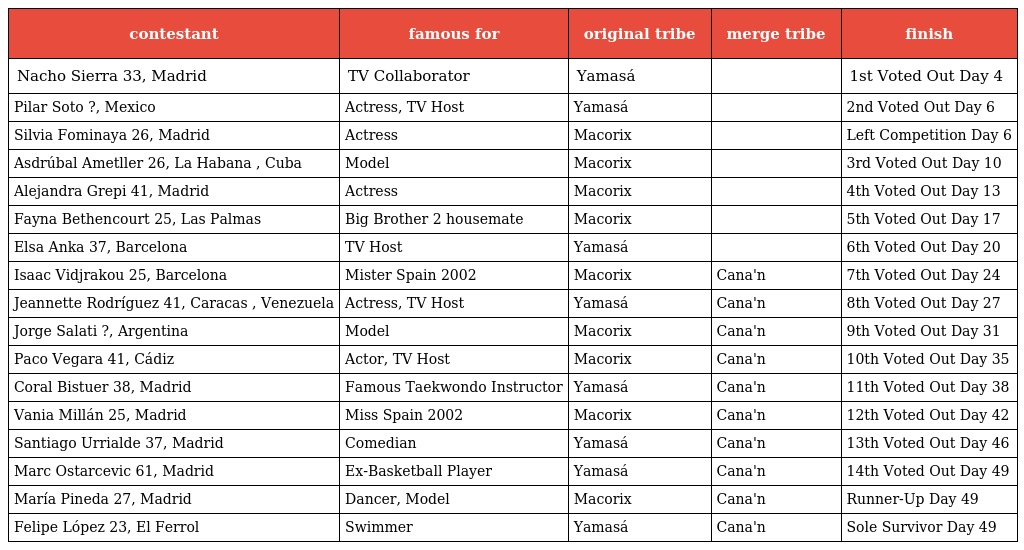
| contestant | famous for | original tribe | merge tribe | finish |
 | --- | --- | --- | --- | --- |
 | Nacho Sierra 33, Madrid | TV Collaborator | Yamasá |  | 1st Voted Out Day 4 |
 | Pilar Soto ?, Mexico | Actress, TV Host | Yamasá |  | 2nd Voted Out Day 6 |
 | Silvia Fominaya 26, Madrid | Actress | Macorix |  | Left Competition Day 6 |
 | Asdrúbal Ametller 26, La Habana , Cuba | Model | Macorix |  | 3rd Voted Out Day 10 |
 | Alejandra Grepi 41, Madrid | Actress | Macorix |  | 4th Voted Out Day 13 |
 | Fayna Bethencourt 25, Las Palmas | Big Brother 2 housemate | Macorix |  | 5th Voted Out Day 17 |
 | Elsa Anka 37, Barcelona | TV Host | Yamasá |  | 6th Voted Out Day 20 |
 | Isaac Vidjrakou 25, Barcelona | Mister Spain 2002 | Macorix | Cana'n | 7th Voted Out Day 24 |
 | Jeannette Rodríguez 41, Caracas , Venezuela | Actress, TV Host | Yamasá | Cana'n | 8th Voted Out Day 27 |
 | Jorge Salati ?, Argentina | Model | Macorix | Cana'n | 9th Voted Out Day 31 |
 | Paco Vegara 41, Cádiz | Actor, TV Host | Macorix | Cana'n | 10th Voted Out Day 35 |
 | Coral Bistuer 38, Madrid | Famous Taekwondo Instructor | Yamasá | Cana'n | 11th Voted Out Day 38 |
 | Vania Millán 25, Madrid | Miss Spain 2002 | Macorix | Cana'n | 12th Voted Out Day 42 |
 | Santiago Urrialde 37, Madrid | Comedian | Yamasá | Cana'n | 13th Voted Out Day 46 |
 | Marc Ostarcevic 61, Madrid | Ex-Basketball Player | Yamasá | Cana'n | 14th Voted Out Day 49 |
 | María Pineda 27, Madrid | Dancer, Model | Macorix | Cana'n | Runner-Up Day 49 |
 | Felipe López 23, El Ferrol | Swimmer | Yamasá | Cana'n | Sole Survivor Day 49 |